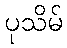
ပုသိမ်